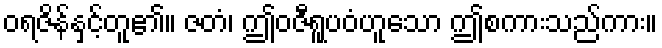
ဝရဇိန်နှင့်တူ၏။ ဇတံ၊ ဤဝဇီရူပဝံဟူသော ဤစကားသည်ကား။